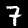
Label: 7